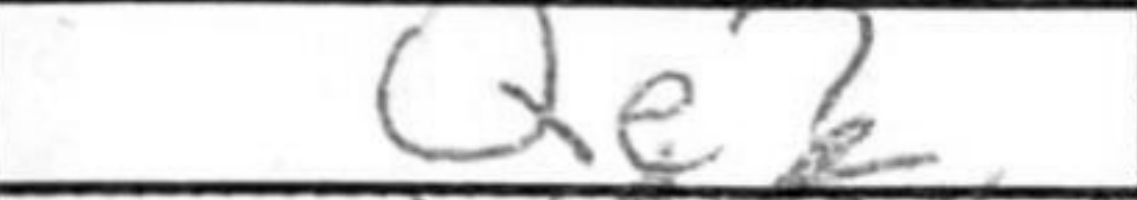
Transcription: Qe2